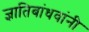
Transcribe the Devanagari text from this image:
ज्ञातिबांधवांनी